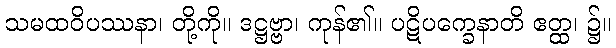
သမထဝိပဿနာ၊ တို့ကို။ ဒဋ္ဌဗ္ဗာ၊ ကုန်၏။ ပဋိပက္ခေနာတိ ဧတ္ထ၊ ၌။